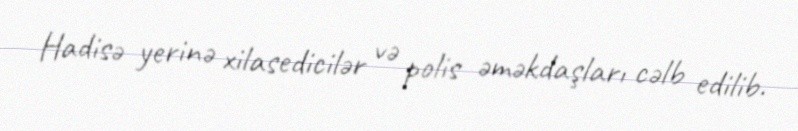
Hadisə yerinə xilasedicilər və polis əməkdaşları cəlb edilib.